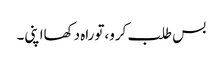
بس طلب کرو،توراہ دکھااپنی۔